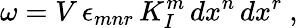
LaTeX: \omega=V\, \epsilon_{mnr}\, K_{I}^{m}\, dx^{n}\, dx^{r}\ ,